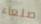
صلعاء